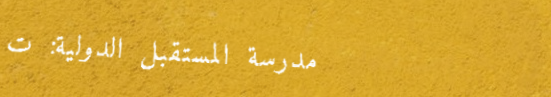
مدرسة المستقبل الدولية: ت